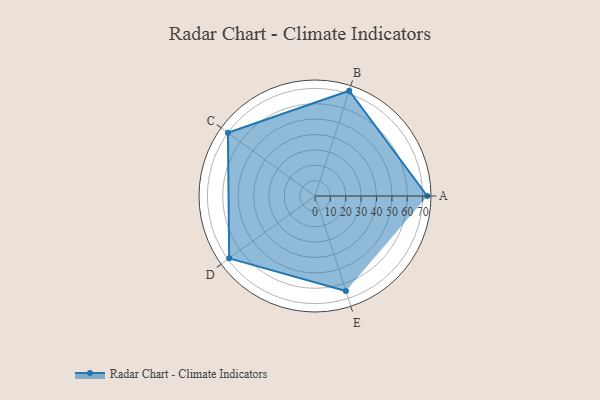
{"axis": {"x": "Skill", "y": "Score"}, "legend": ["Profile"], "data": [{"x": "A", "y": 73.0, "type": "Profile"}, {"x": "B", "y": 72.0, "type": "Profile"}, {"x": "C", "y": 70.0, "type": "Profile"}, {"x": "D", "y": 69.0, "type": "Profile"}, {"x": "E", "y": 65.0, "type": "Profile"}]}